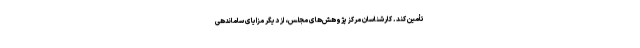
تأمین کند. کارشناسان مرکز پژوهش‌های مجلس، از دیگر مزایای ساماندهی